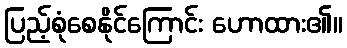
ပြည့်စုံစေနိုင်ကြောင်း ဟောထား၏။